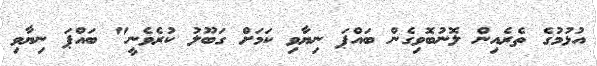
އުޅުމުގެ ތެރެއިން ލޮނުބޮވިގެން ބައްޕަ ނިޔާވި ކަމަށް ގަބޫލު ކުރެވެނީ" ބައްޕަ ނިޔާވި